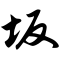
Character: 坂